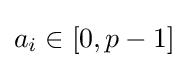
a_{i}\in [0,p-1]